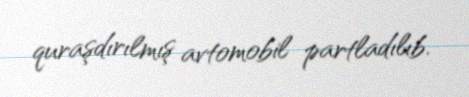
quraşdırılmış avtomobil partladılıb.